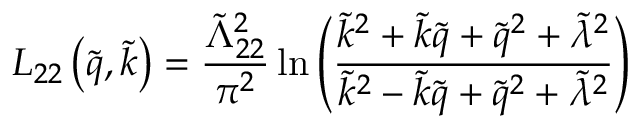
L _ { 2 2 } \left( \tilde { q } , \tilde { k } \right) = \frac { \tilde { \Lambda } _ { 2 2 } ^ { 2 } } { \pi ^ { 2 } } \ln \left( \frac { \tilde { k } ^ { 2 } + \tilde { k } \tilde { q } + \tilde { q } ^ { 2 } + \tilde { \lambda } ^ { 2 } } { \tilde { k } ^ { 2 } - \tilde { k } \tilde { q } + \tilde { q } ^ { 2 } + \tilde { \lambda } ^ { 2 } } \right)